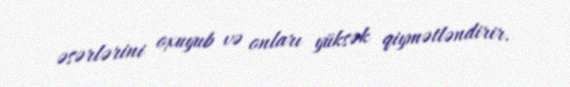
əsərlərini oxuyub və onları yüksək qiymətləndirir.